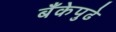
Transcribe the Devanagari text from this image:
बँकेपुढे